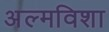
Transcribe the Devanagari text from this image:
अल्मविशा